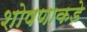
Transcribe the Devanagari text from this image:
शोषणाकडे